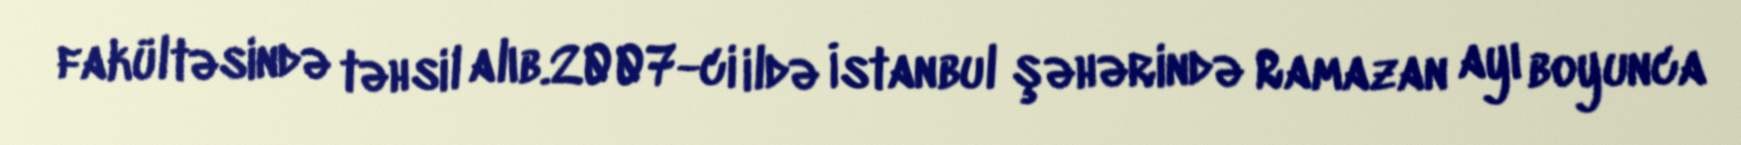
fakültəsində təhsil alıb.2007-ci ildə İstanbul şəhərində Ramazan ayı boyunca